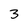
Character: 3